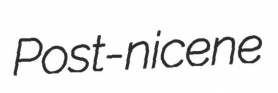
Post-nicene